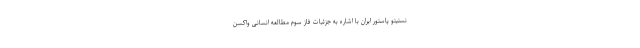
نستیتو پاستور ایران با اشاره به جزئیات فاز سوم مطالعه انسانی واکسن